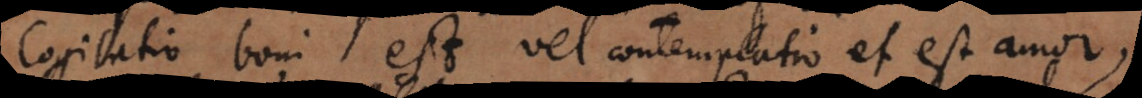
Cogitatio boni est vel contemplatio et est amor